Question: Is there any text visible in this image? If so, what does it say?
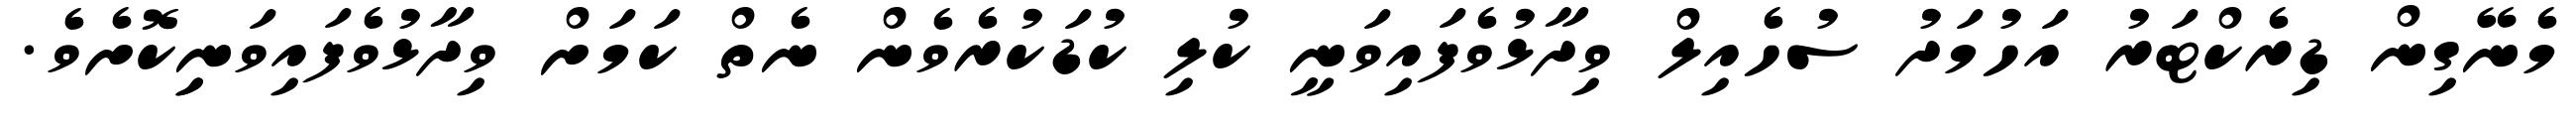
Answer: މެނޭގިން ޑިރެކްޓަރު އަހުމަދު ސުހެއިލް ވިދާޅުވެފައިވަނީ ކުލި ކުޑަކުރެވެން ނެތް ކަމަށް ވިދާޅުވެފައިވަނިިކޮށެވެ.